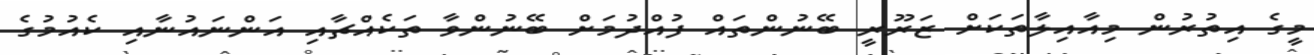
މީގެ އިތުރުން މިއާއިލާތަކަށް ޒަރޫރީ ބޭނުންތައް ފުއްދުމަށް ބޭނުންވާ ތަކެއްޗާއި އަންނައުނާއި ކެއުމުގެ